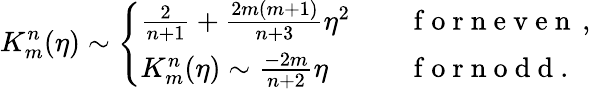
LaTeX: K_{m}^{n}(\eta)\sim\left\{ \begin{array}{ll}{\frac{2}{n+1}+\frac{2m(m+1)}{n+3}\eta^{2}}&{\quad\mathrm{~f~o~r~n~e~v~e~n~}\, ,}\\ {K_{m}^{n}(\eta)\sim\frac{-2m}{n+2}\eta}&{\quad\mathrm{~f~o~r~n~o~d~d~}.}\end{array}\right.